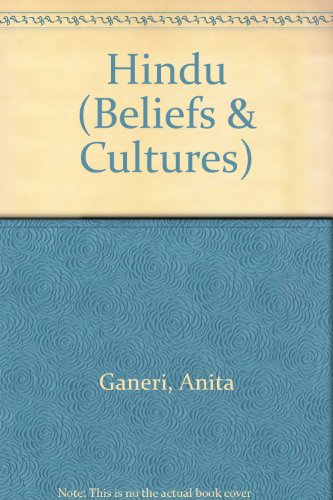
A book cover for Hindu (Beliefs & Cultures); Anita Ganeri; Children's Books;